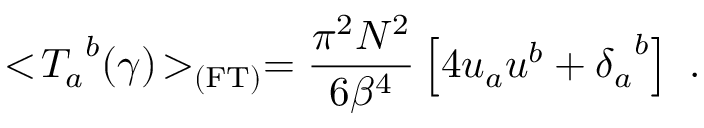
< \! { { T } _ { a } } ^ { b } ( \gamma ) \! > _ { \mathrm { ( F T ) } } = { \frac { \pi ^ { 2 } N ^ { 2 } } { 6 { { \beta } } ^ { 4 } } } \left[ 4 u _ { a } u ^ { b } + { { \delta } _ { a } } ^ { b } \right] \ .